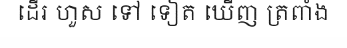
ដើរ ហួស ទៅ ទៀត ឃើញ ត្រពាំង